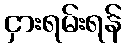
ငှားရမ်းရန်